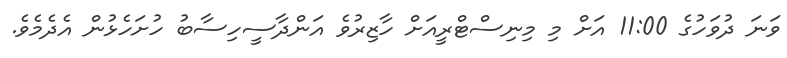
ވަނަ ދުވަހުގެ 11:00 އަށް މި މިނިސްޓްރީއަށް ހާޒިރުވެ އަންދާސީހިސާބު ހުށަހެޅުން އެދެމެވެ.